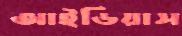
আইডিয়াস